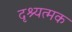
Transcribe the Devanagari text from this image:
दृश्यत्मक